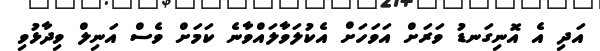
އަދި އެ އޮނިގަނޑު ވަރަށް އަވަހަށް އެކުލަވާލައްވާނެ ކަމަށް ވެސް އަނިލް ވިދާޅުވި